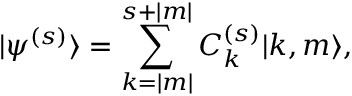
{ | \psi ^ { ( s ) } \rangle } = \sum _ { k = | m | } ^ { s + | m | } C _ { k } ^ { ( s ) } { | k , m \rangle } ,